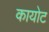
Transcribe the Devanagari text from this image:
कायोट